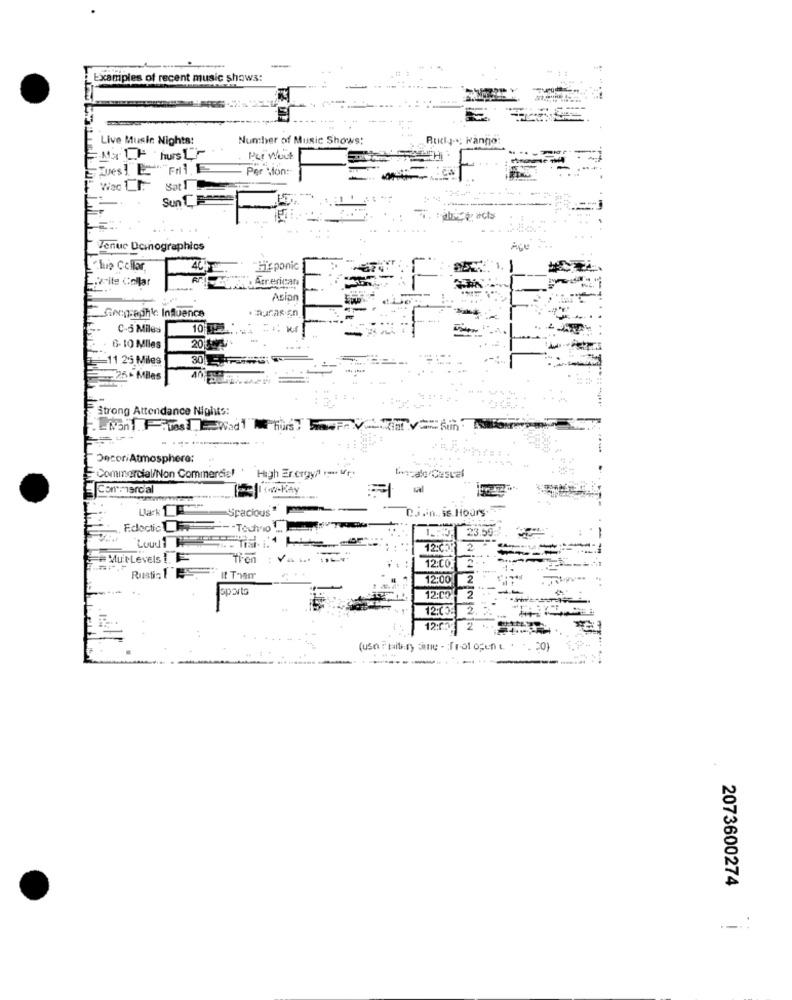
-
Examples of recent music shows:
Live Music Nights:
Nuncher of Music Shows:
Budy -; kanno
MILF hursur
Tues! "F1 E
Per Mon:
Sun T. Passe
Tenue Demographics
Ace
Chip Collar
Hispanic
-write Collar
American
Asian
Geographic Influence
C-5 Miles
10 95
6-10 Miles
20
=11 25 Miles
30
25- Miles
Strong Attendance Nights:
. .
Decor Atmosphere:
High Er.ergy? to urt
Commercial/Non Commercial
Legale/Cestal
Commercial
.- KAY
Spacious "
D.i.n ., is Hours-
Eclectic LF -- Touho ..
..
23.59
2.
tren
: Va
12:CO
12:00
2
sports
12:00
12:03:
2
12:05: 2
2073600274